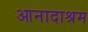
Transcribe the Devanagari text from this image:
आनादाश्रम